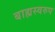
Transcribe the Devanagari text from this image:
बाह्यस्वरुप